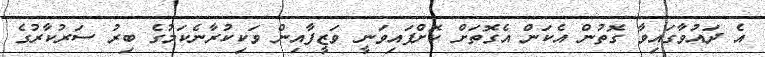
އެ ދައުވާގައިވާ ގޮތުން އެކަން އެގޮތަށް ކޮށްފައިވަނީ ވަޒީފާއިން ވަކިކުރާނެކަމުގެ ބިރު ސަރުކާރުގެ